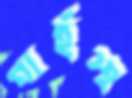
গার্হস্হ